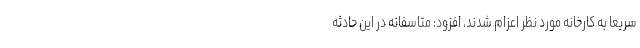
سریعا به کارخانه مورد نظر اعزام شدند، افزود: متاسفانه در این حادثه